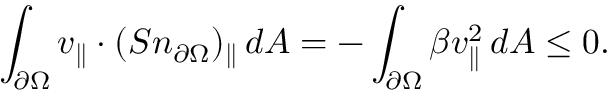
\int _ { \partial \Omega } v _ { \parallel } \cdot ( S n _ { \partial \Omega } ) _ { \parallel } \, d A = - \int _ { \partial \Omega } \beta v _ { \parallel } ^ { 2 } \, d A \leq 0 .